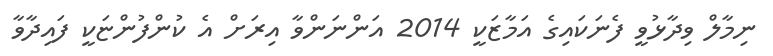
ނިމާލް ވިދާޅުވީ ފެނަކައިގެ އަމާޒަކީ 2014 އަންނަންވާ އިރަށް އެ ކުންފުންޏަކީ ފައިދާވާ